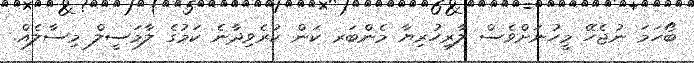
ބޯހަމަ ނުޖެހޭ މީހުނަށްވެސް ލާރިހުރިޔާ މެންބަރ ކަން ކުރެވިދާނެ ކަމުގެ ލާމަސީލް މިސާލެއް.